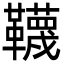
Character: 韈